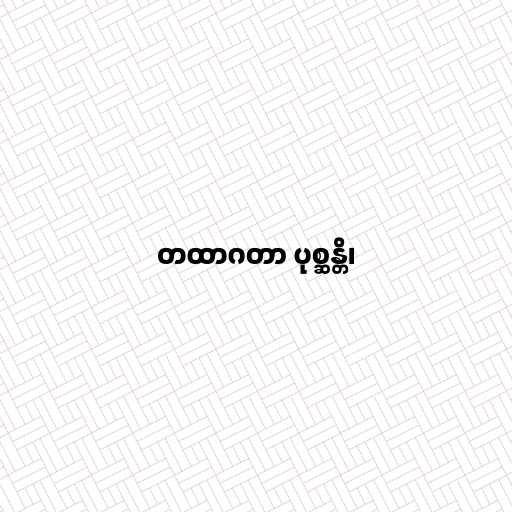
တထာဂတာ ပုစ္ဆန္တိ၊